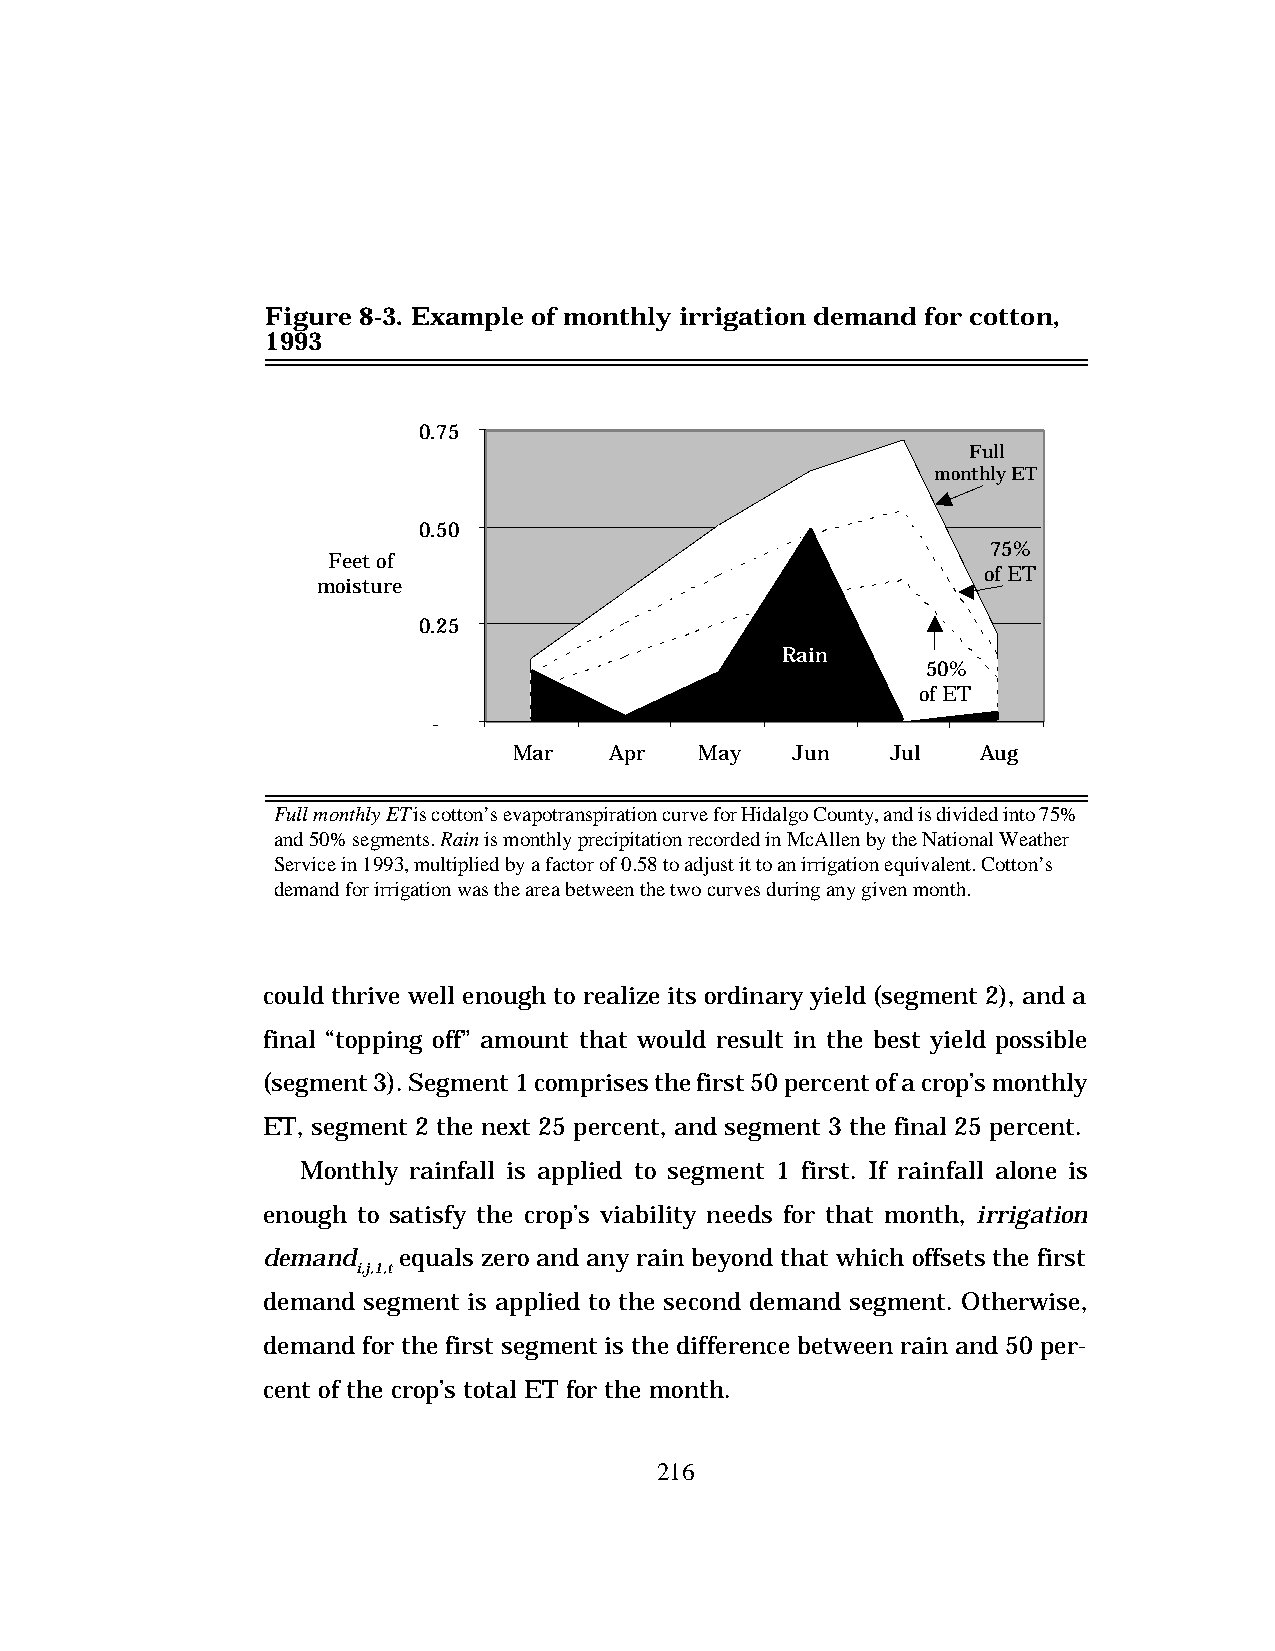
Figure 8-3. Example of monthly irrigation demand for cotton,
 1993
 0.75
 Full
 monthly ET
 0.50
 75%
 Feet of
 of ET
 moisture
 0.25
 Rain
 50%
 of ET
 -
 Mar   Apr   May   Jun    Jul   Aug
 Full monthly ET is cotton’s evapotranspiration curve for Hidalgo County, and is divided into 75%
 and 50% segments. Rain is monthly precipitation recorded in McAllen by the National Weather
 Service in 1993, multiplied by a factor of 0.58 to adjust it to an irrigation equivalent. Cotton’s
 demand for irrigation was the area between the two curves during any given month.
 could thrive well enough to realize its ordinary yield (segment 2), and a
 final “topping off” amount that would result in the best yield possible
 (segment 3). Segment 1 comprises the first 50 percent of a crop’s monthly
 ET, segment 2 the next 25 percent, and segment 3 the final 25 percent.
 Monthly rainfall is applied to segment 1 first. If rainfall alone is
 enough to satisfy the crop’s viability needs for that month, irrigation
 demand   equals zero and any rain beyond that which offsets the first
 i,j,1,t
 demand segment is applied to the second demand segment. Otherwise,
 demand for the first segment is the difference between rain and 50 per-
 cent of the crop’s total ET for the month.
 216